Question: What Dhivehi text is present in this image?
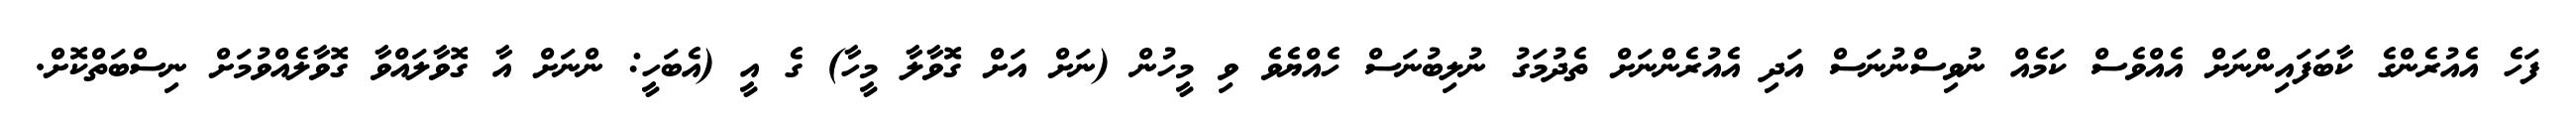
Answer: ފަހެ އެއުރެންގެ ކާބަފައިންނަށް އެއްވެސް ކަމެއް ނުވިސްނުނަސް އަދި އެއުރެންނަށް ތެދުމަގު ނުލިބުނަސް ހެއްޔެވެ ވި މީހުން (ނަށް އަށް ގޮވާލާ މީހާ) ގެ އީ (އެބަހީ: ންނަށް އާ ގޮވާލައްވާ ގޮވާލެއްވުމަށް ނިސްބަތްކޮށް.